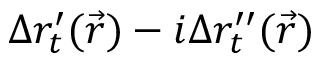
\Delta r _ { t } ^ { \prime } ( \vec { r } ) - i \Delta r _ { t } ^ { \prime \prime } ( \vec { r } )